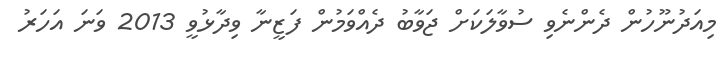
މިއަދުނޫހުން ދެންނެވި ސުވާލަކަށް ޖަވާބު ދެއްވަމުން ފަޒީނާ ވިދާޅުވީ 2013 ވަނަ އަަހަރު